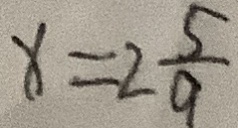
x = 2 \frac { 5 } { 9 }